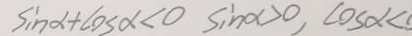
\sin \alpha + \cos \alpha < 0 \sin \alpha , \cos \alpha <